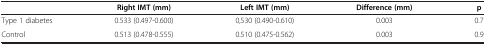
<table><thead><tr><td><b> </b></td><td><b>Right IMT (mm)</b></td><td><b>Left IMT (mm)</b></td><td><b>Difference (mm)</b></td><td><b>p</b></td></tr></thead><tbody><tr><td>Type 1 diabetes</td><td>0.533 (0.497-0.600)</td><td>0,530 (0.490-0.610)</td><td>0.003</td><td>0.7</td></tr><tr><td>Control</td><td>0.513 (0.478-0.555)</td><td>0.510 (0.475-0.562)</td><td>0.003</td><td>0.9</td></tr></tbody></table>